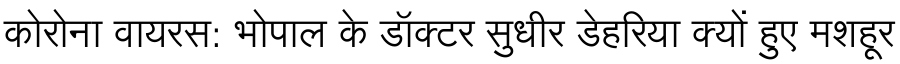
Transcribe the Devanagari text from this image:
कोरोना वायरस: भोपाल के डॉक्टर सुधीर डेहरिया क्यों हुए मशहूर